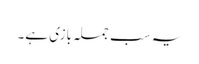
یہ سب جملہ بازی ہے۔